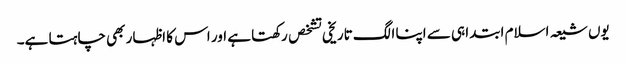
یوں شیعہ اسلام ابتدا ہی سے اپنا الگ تاریخی تشخص رکھتا ہے اور اس کا اظہار بھی چاہتا ہے۔